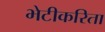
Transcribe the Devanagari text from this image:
भेटीकरिता